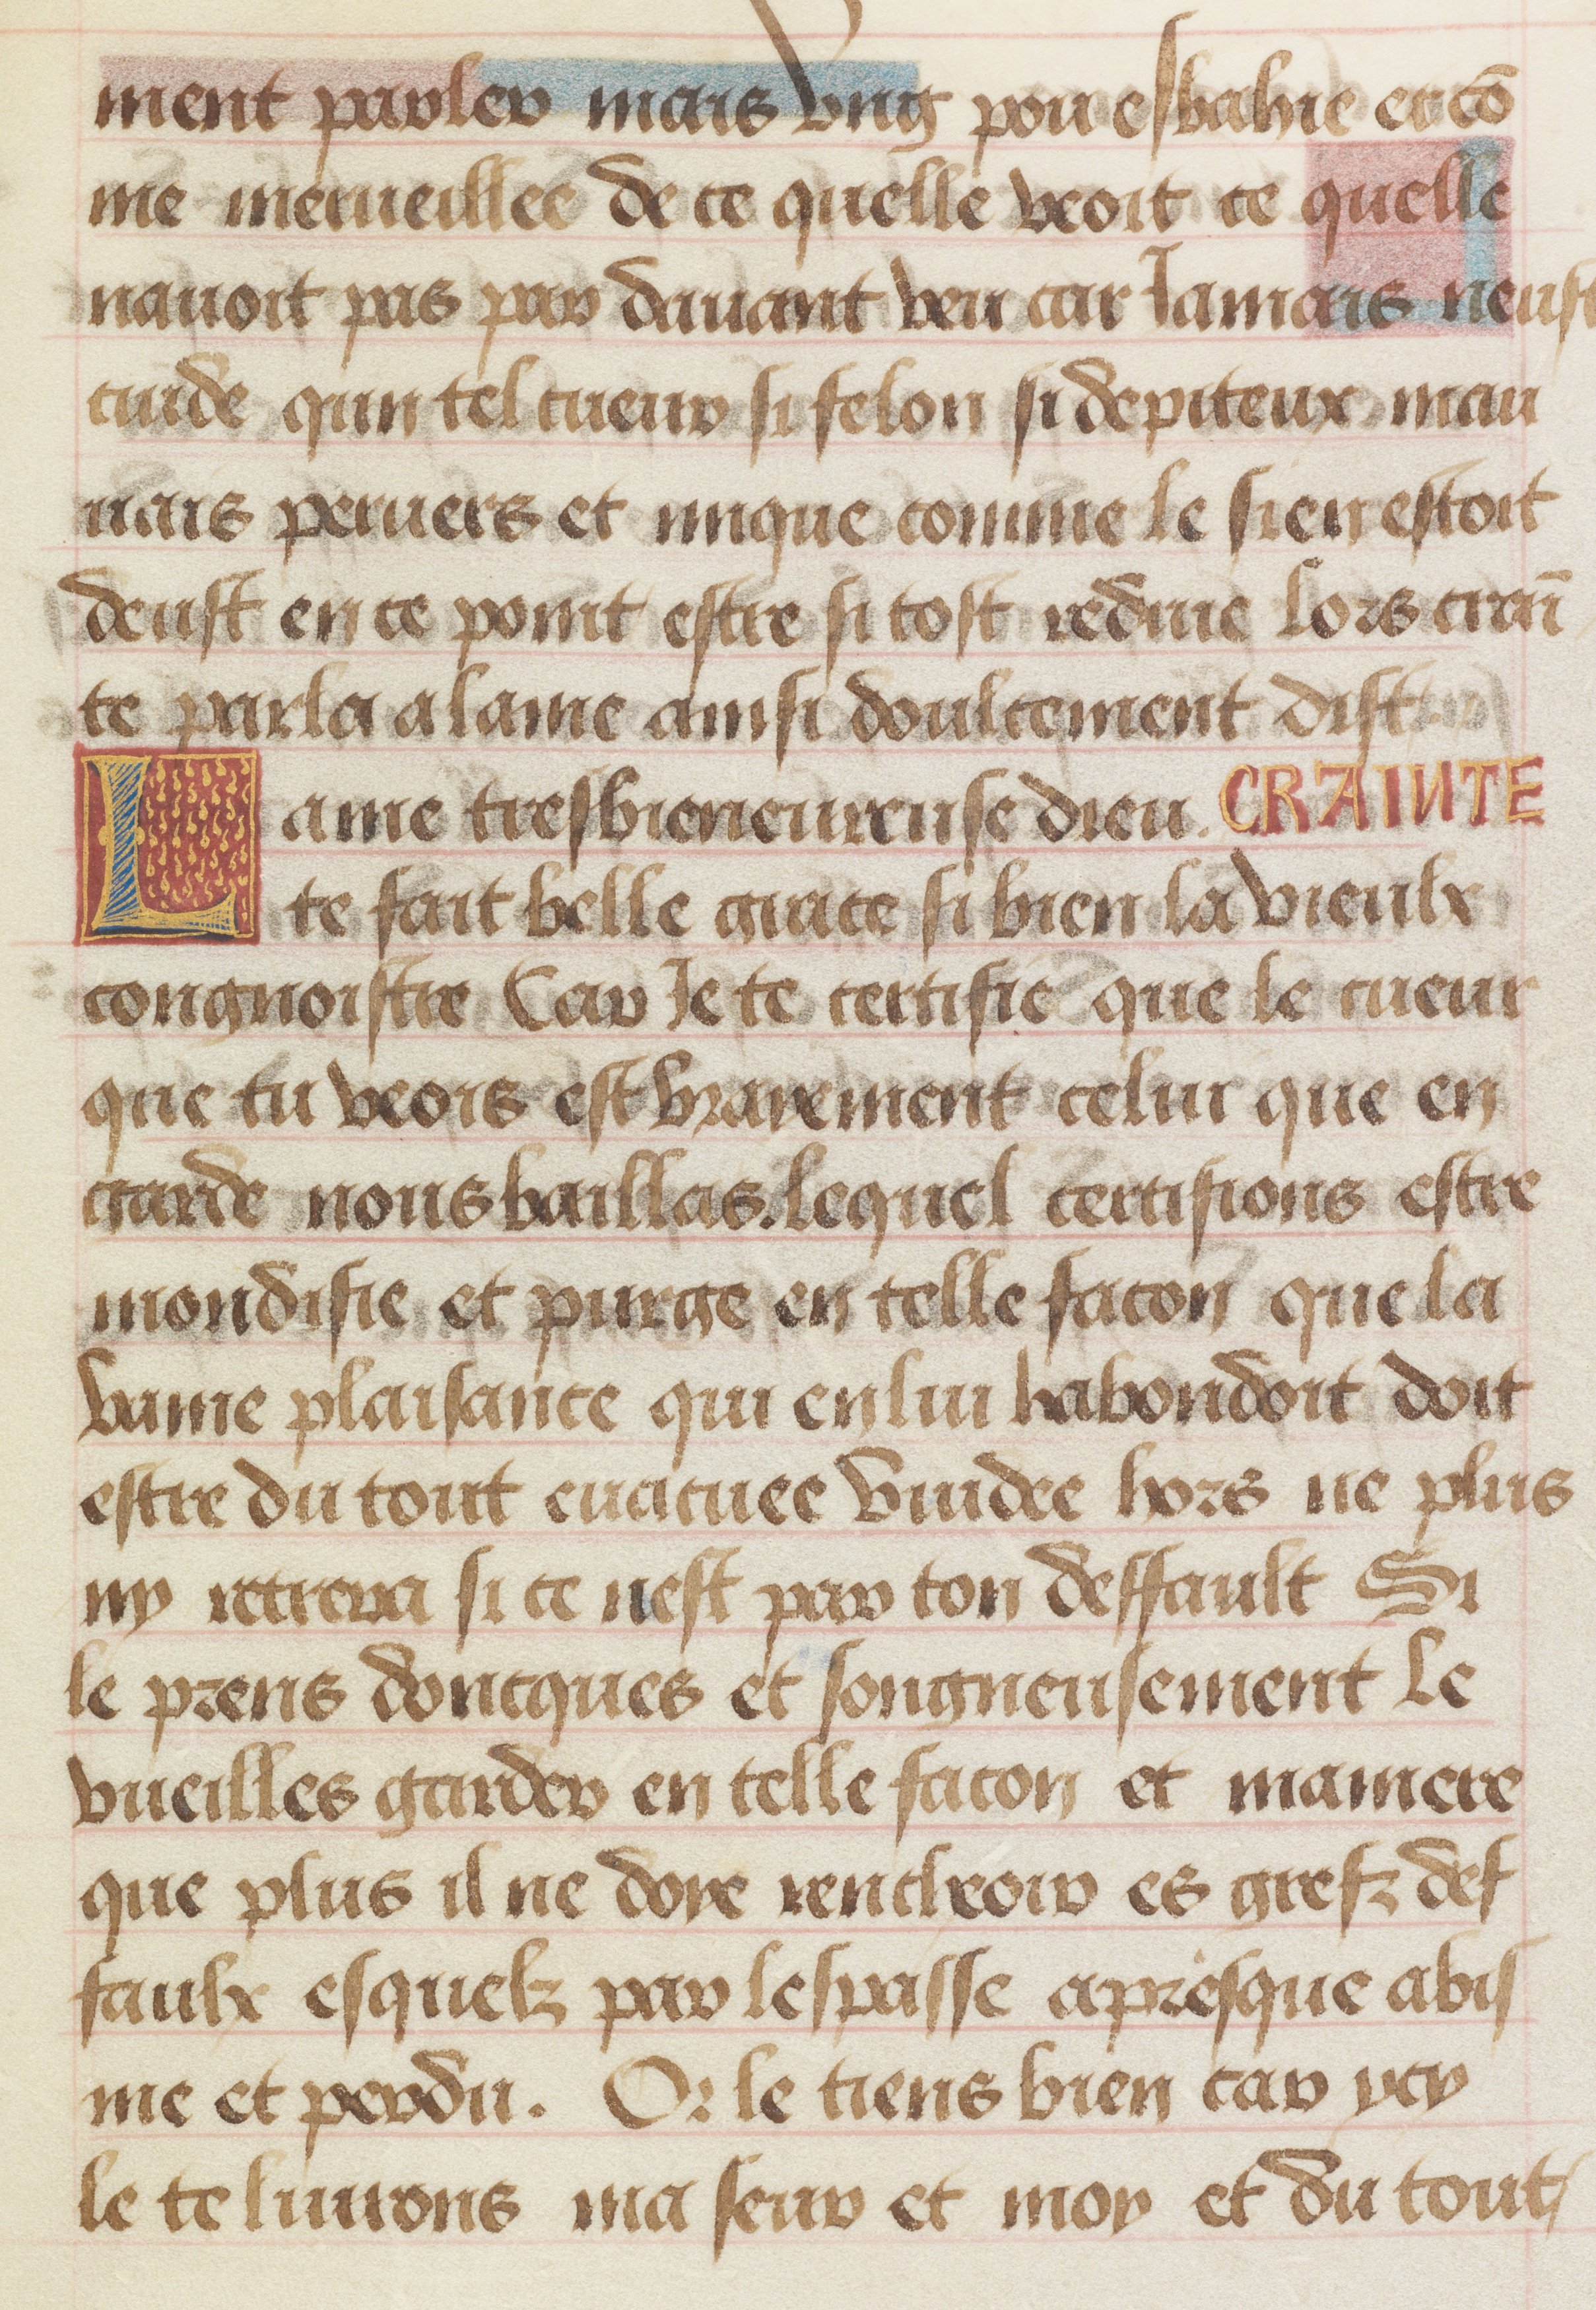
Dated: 1455–1485